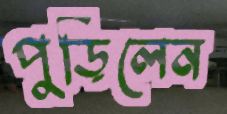
পুড়িলেন